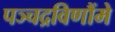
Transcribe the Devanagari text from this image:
पञ्चद्रविणौंमे